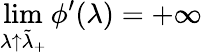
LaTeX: \operatorname*{lim}_{\lambda\uparrow\tilde{\lambda}_{+}}\phi^{\prime}(\lambda)=+\infty